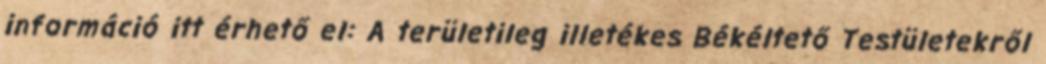
információ itt érhető el: A területileg illetékes Békéltető Testületekről